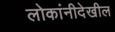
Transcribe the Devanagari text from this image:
लोकांनीदेखील